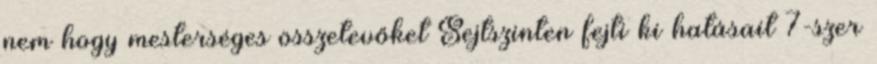
nem hogy mesterséges összetevőket Sejtszinten fejti ki hatásait 7-szer